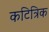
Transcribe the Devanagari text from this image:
कटित्रिक